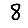
Digit: 8